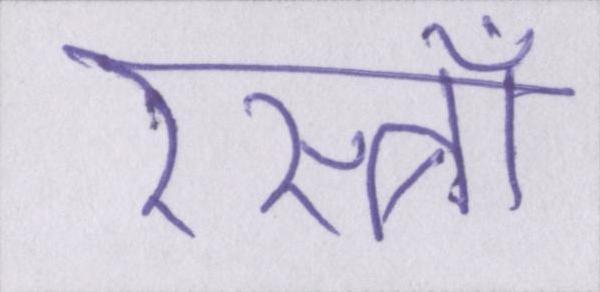
रेस्त्राँ